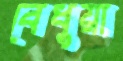
বেধুয়া